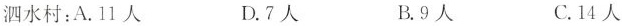
泗水村：A.11人 D.7人 B.9人 C.14人